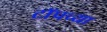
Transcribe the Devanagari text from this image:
टाॅपच्या